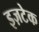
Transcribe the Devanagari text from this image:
इज़टेक